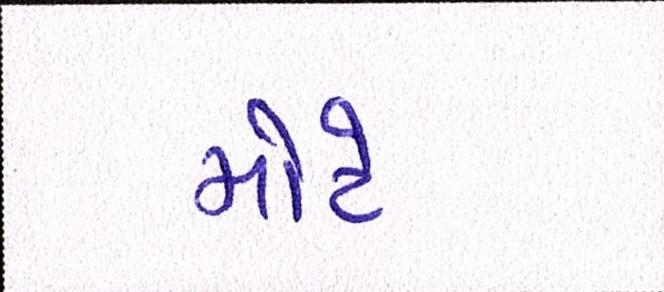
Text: મોટે